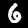
Digit: 6